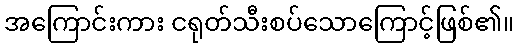
အကြောင်းကား ငရုတ်သီးစပ်သောကြောင့်ဖြစ်၏။